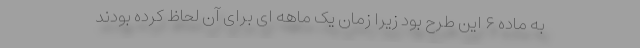
به ماده ۶ این طرح بود زیرا زمان یک ماهه ای برای آن لحاظ کرده بودند